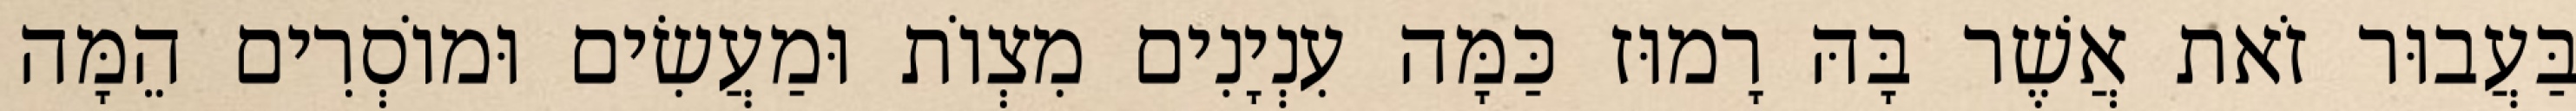
בַּעֲבוּר זֹאת אֲשֶׁר בָּהּ רָמוּז כַּמָּה עִנְיָנִים מִצְוֹת וּמַעֲשִׂים וּמוֹסְרִים הֵמָּה